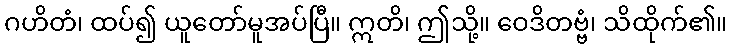
ဂဟိတံ၊ ထပ်၍ ယူတော်မူအပ်ပြီ။ ဣတိ၊ ဤသို့။ ဝေဒိတဗ္ဗံ၊ သိထိုက်၏။